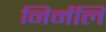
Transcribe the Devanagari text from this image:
निर्मलि